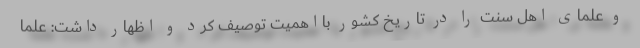
و علمای اهل سنت را در تاریخ کشور بااهمیت توصیف کرد و اظهار داشت: علما